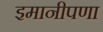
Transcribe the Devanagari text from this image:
इमानीपणा